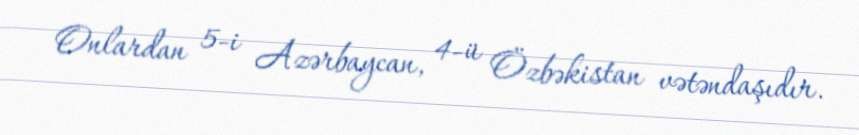
Onlardan 5-i Azərbaycan, 4-ü Özbəkistan vətəndaşıdır.